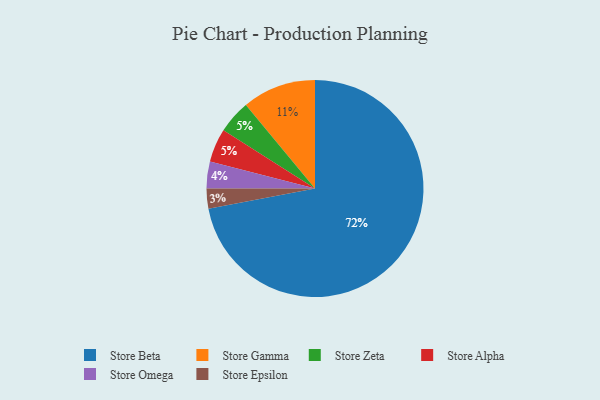
{"axis": {"x": "Category", "y": "Percentage"}, "legend": ["Store Alpha", "Store Beta", "Store Epsilon", "Store Gamma", "Store Omega", "Store Zeta"], "data": [{"x": "Store Zeta", "y": 5, "type": "Store Zeta"}, {"x": "Store Epsilon", "y": 3, "type": "Store Epsilon"}, {"x": "Store Alpha", "y": 5, "type": "Store Alpha"}, {"x": "Store Gamma", "y": 11, "type": "Store Gamma"}, {"x": "Store Beta", "y": 72, "type": "Store Beta"}, {"x": "Store Omega", "y": 4, "type": "Store Omega"}]}